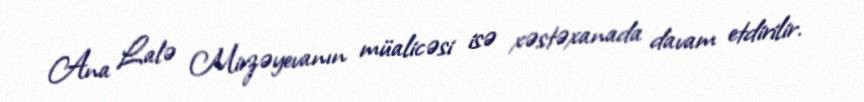
Ana Lalə Mirzəyevanın müalicəsi isə xəstəxanada davam etdirilir.